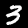
Digit: 3